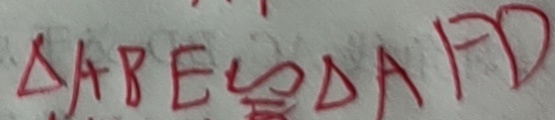
\Delta A B E \cong \Delta A F D